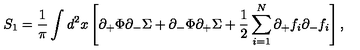
S _ { 1 } = { \frac { 1 } { \pi } } \int d ^ { 2 } x \left[ \partial _ { + } \Phi \partial _ { - } \Sigma + \partial _ { - } \Phi \partial _ { + } \Sigma + { \frac { 1 } { 2 } } \sum _ { i = 1 } ^ { N } \partial _ { + } f _ { i } \partial _ { - } f _ { i } \right] ,